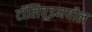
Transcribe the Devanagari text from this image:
टॉलिवूडमधील